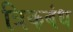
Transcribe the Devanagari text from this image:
त्रिकबंध